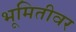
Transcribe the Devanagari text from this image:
भूमितीवर